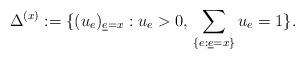
LaTeX: \begin{align*}\Delta^{(x)}:=\{(u_e)_{\underline{e}=x} : u_e > 0,\,\displaystyle\sum_{\{e:\underline{e}=x\}} u_e =1\}.\end{align*}